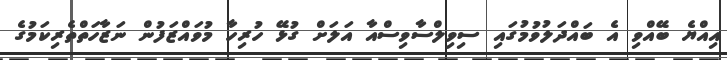
އިއްޔެ ބޭއްވި އެ ބައްދަލުވުމުގައި ސިވިލްސާވިސްއާ އަލަށް ގުޅޭ ހުރިހާ މުވައްޒަފުން ނަޒާހަތްތެރިކަމުގެ